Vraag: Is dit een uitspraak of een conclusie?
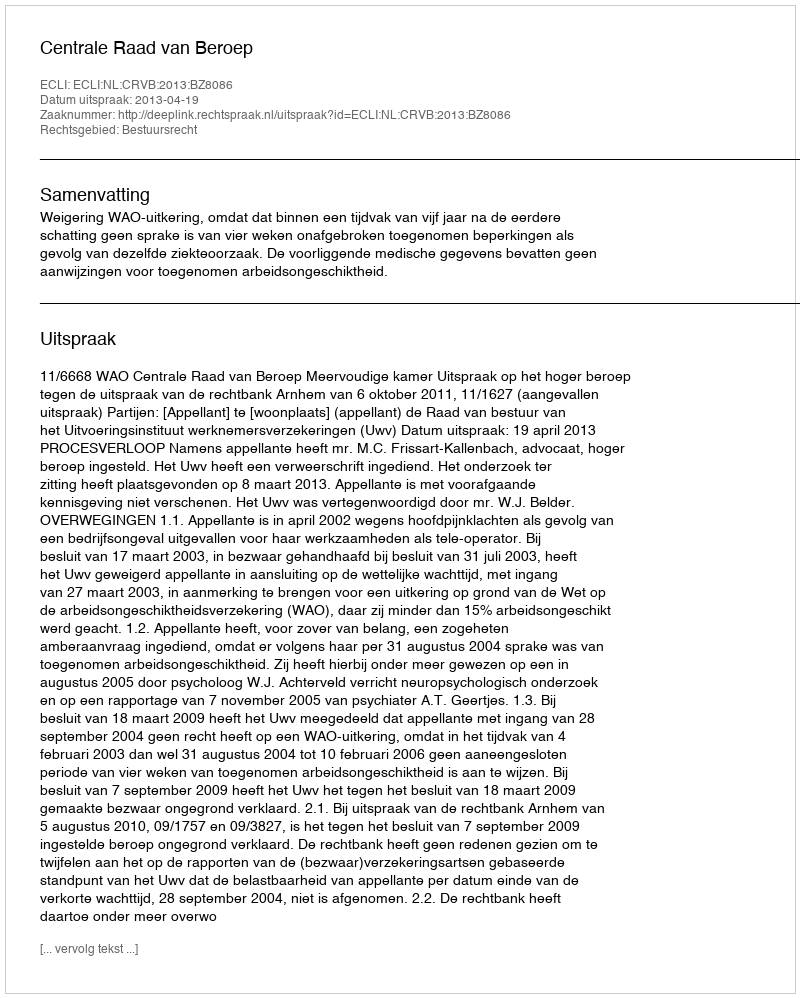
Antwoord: Uitspraak